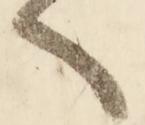
へ